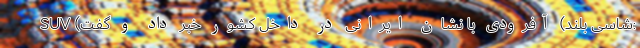
SUV (شاسی بلند) آفرودی با نشان ایرانی در داخل کشور خبر داد و گفت: